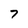
Character: 7